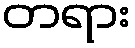
တရား